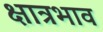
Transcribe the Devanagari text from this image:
क्षात्रभाव